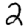
Digit: 2